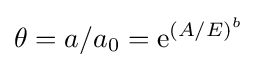
\theta =a/a_{0}=\mathrm {e} ^{{({A/E})}^{b}}